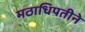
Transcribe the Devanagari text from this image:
मठाधिपतीने